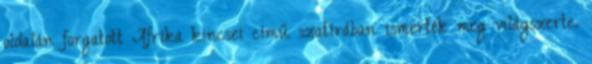
oldalán forgatott Afrika kincsei című szatírában ismerték meg világszerte.